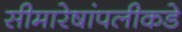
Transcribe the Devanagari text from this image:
सीमारेषांपलीकडे